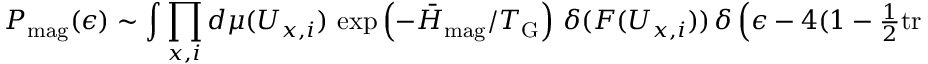
P _ { \mathrm { m a g } } ( \epsilon ) \sim \int \prod _ { x , i } d \mu ( U _ { x , i } ) \, \exp \left( - { \bar { H } _ { \mathrm { m a g } } / T _ { \mathrm { G } } } \right) \, \delta ( F ( U _ { x , i } ) ) \, \delta \left( \epsilon - 4 ( 1 - { \textstyle { \frac { 1 } { 2 } } } \mathrm { t r } \, U _ { x _ { 0 } , i _ { 0 } \, j _ { 0 } } ) \right) \, .